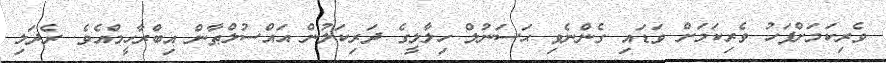
ވެރިކަމަށްފަހު ވެރިކަމަށް ވަޑައި ގެންނެވި ޙަސަނުލް ހިލާލީގެ ދަރިކަލުން އައްސުލްޠާން އިބްރާހީމްއެވެ. ރެދަލި